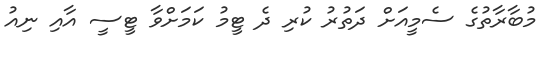
މުބާރާތުގެ ސެމީއަށް ދަތުރު ކުރި ދެ ޓީމު ކަމަށްވާ ޓީސީ އާއި ނިއު